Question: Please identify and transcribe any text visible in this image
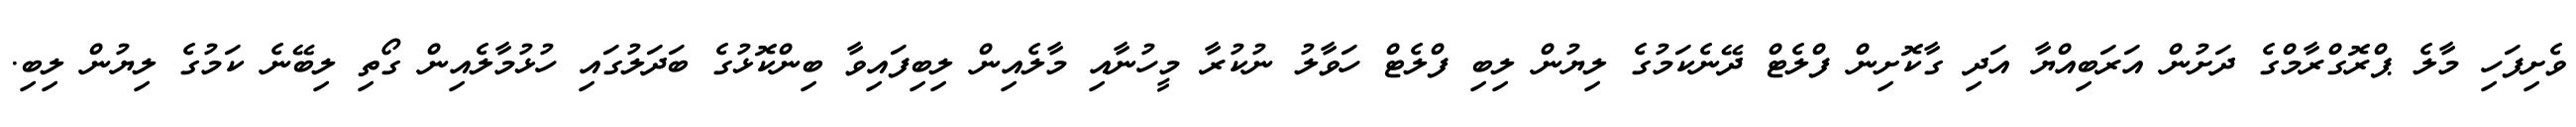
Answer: ވެށިފަހި މާލެ ޕްރޮގްރާމްގެ ދަށުން އަރަބިއްޔާ އަދި ގާކޮށިން ފްލެޓް ދޭނެކަމުގެ ލިޔުން ލިބި ފްލެޓް ހަވާލު ނުކުރާ މީހުނާއި މާލެއިން ލިބިފައިވާ ބިންކޮޅުގެ ބަދަލުގައި ހުޅުމާލެއިން ގޯތި ލިބޭނެ ކަމުގެ ލިޔުން ލިބި.